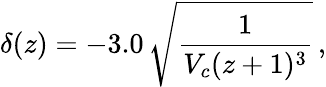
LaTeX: \delta(z)=-3.0\, \sqrt{\frac{1}{V_{c}(z+1)^{3}}}\, ,